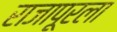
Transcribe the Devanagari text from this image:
राजापूरला